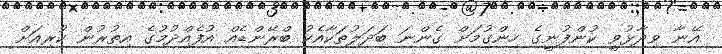
އޭނާ ވިދާޅުވީ ކުންފުނީގެ ހިންގުމަށް ގެންނަ ބަދަލުތަކާއެކު ބްރޭންޑެއް އުފެއްދުމުގެ އިތުރުން ކުރިއަށް